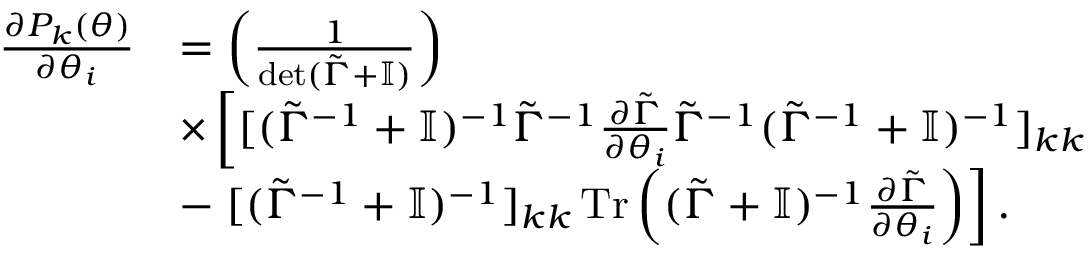
\begin{array} { r l } { \frac { \partial P _ { k } ( \boldsymbol { \theta } ) } { \partial \theta _ { i } } } & { = \left( \frac { 1 } { \det ( \tilde { \Gamma } + \mathbb { I } ) } \right) } \\ & { \times \left[ { [ ( \tilde { \Gamma } ^ { - 1 } + \mathbb { I } ) ^ { - 1 } \tilde { \Gamma } ^ { - 1 } \frac { \partial \tilde { \Gamma } } { \partial \theta _ { i } } \tilde { \Gamma } ^ { - 1 } ( \tilde { \Gamma } ^ { - 1 } + \mathbb { I } ) ^ { - 1 } ] _ { k k } } \right. } \\ & { - \left. [ ( \tilde { \Gamma } ^ { - 1 } + \mathbb { I } ) ^ { - 1 } ] _ { k k } \operatorname { T r } \left( ( \tilde { \Gamma } + \mathbb { I } ) ^ { - 1 } \frac { \partial \tilde { \Gamma } } { \partial \theta _ { i } } \right) \right] . } \end{array}